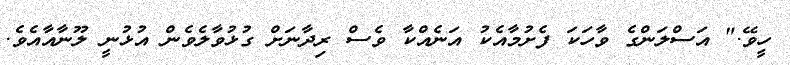
ހީވޭ." އަސްލަންގެ ވާހަކަ ފެށުމާއެކު އަނެއްކާ ވެސް ރިދާނަށް ގުޅުވާލެވެން އުޅުނީ ލޫނާއާއެވެ.